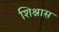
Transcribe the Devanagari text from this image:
शिश्नास